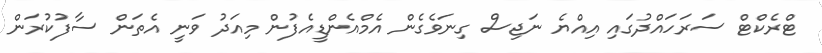
ޓްރެކްޓް ސަރަހައްދުގައި އިއްޔެ ނަޖިސް ގިނަވެގެން އެމްއެންޑީއެފުން މިއަދު ވަނީ އެތަން ސާފުކުރަން